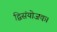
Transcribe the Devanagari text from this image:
द्विसंयोजक।